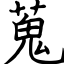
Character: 蒐